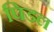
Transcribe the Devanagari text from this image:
पिडल